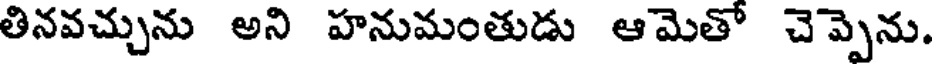
తినవచ్చును అని హనుమంతుడు ఆమెతో చెప్పెను.